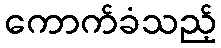
ကောက်ခံသည့်